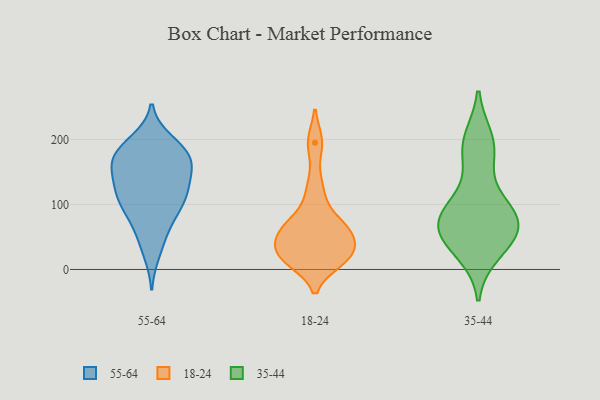
{"axis": {"x": "Backlog", "y": "Value"}, "legend": ["18-24", "35-44", "55-64"], "data": [{"x": "", "y": 120, "type": "55-64"}, {"x": "", "y": 47, "type": "55-64"}, {"x": "", "y": 164, "type": "55-64"}, {"x": "", "y": 105, "type": "55-64"}, {"x": "", "y": 170, "type": "55-64"}, {"x": "", "y": 184, "type": "55-64"}, {"x": "", "y": 73, "type": "55-64"}, {"x": "", "y": 153, "type": "55-64"}, {"x": "", "y": 187, "type": "55-64"}, {"x": "", "y": 147, "type": "55-64"}, {"x": "", "y": 185, "type": "55-64"}, {"x": "", "y": 121, "type": "55-64"}, {"x": "", "y": 111, "type": "55-64"}, {"x": "", "y": 26, "type": "55-64"}, {"x": "", "y": 78, "type": "55-64"}, {"x": "", "y": 117, "type": "55-64"}, {"x": "", "y": 197, "type": "55-64"}, {"x": "", "y": 100, "type": "55-64"}, {"x": "", "y": 167, "type": "55-64"}, {"x": "", "y": 155, "type": "55-64"}, {"x": "", "y": 64, "type": "18-24"}, {"x": "", "y": 195, "type": "18-24"}, {"x": "", "y": 14, "type": "18-24"}, {"x": "", "y": 123, "type": "18-24"}, {"x": "", "y": 48, "type": "18-24"}, {"x": "", "y": 28, "type": "18-24"}, {"x": "", "y": 59, "type": "18-24"}, {"x": "", "y": 22, "type": "18-24"}, {"x": "", "y": 18, "type": "18-24"}, {"x": "", "y": 73, "type": "18-24"}, {"x": "", "y": 64, "type": "35-44"}, {"x": "", "y": 178, "type": "35-44"}, {"x": "", "y": 96, "type": "35-44"}, {"x": "", "y": 75, "type": "35-44"}, {"x": "", "y": 59, "type": "35-44"}, {"x": "", "y": 45, "type": "35-44"}, {"x": "", "y": 189, "type": "35-44"}, {"x": "", "y": 28, "type": "35-44"}, {"x": "", "y": 87, "type": "35-44"}, {"x": "", "y": 198, "type": "35-44"}, {"x": "", "y": 92, "type": "35-44"}, {"x": "", "y": 52, "type": "35-44"}]}